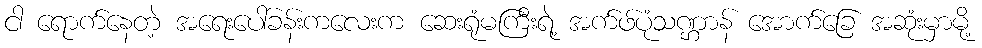
ငါ ရောက်နေတဲ့ အရေးပေါ်ခန်းကလေးက ဆေးရုံမကြီးရဲ့ အက်ဖ်ပုံသဏ္ဌာန် အောက်ခြေ အဆုံးမှာမို့